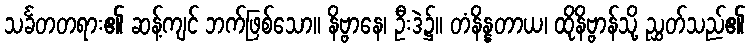
သင်္ခတတရား၏ ဆန့်ကျင် ဘက်ဖြစ်သော။ နိဗ္ဗာနေ၊ ဦးဒဲ၌။ တံနိန္နတာယ၊ ထိုနိဗ္ဗာန်သို့ ညွှတ်သည်၏